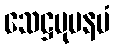
သေဋ္ဌမုပနမံ